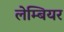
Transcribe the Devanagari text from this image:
लेम्बियर